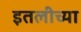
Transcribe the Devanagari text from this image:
इतलीच्या